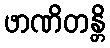
ဖာဏိတန္တိ